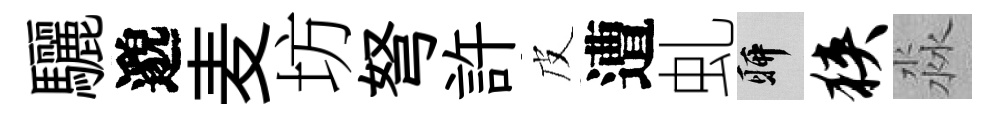
驪邈麦坊弩許皮遭虬聊狭淼